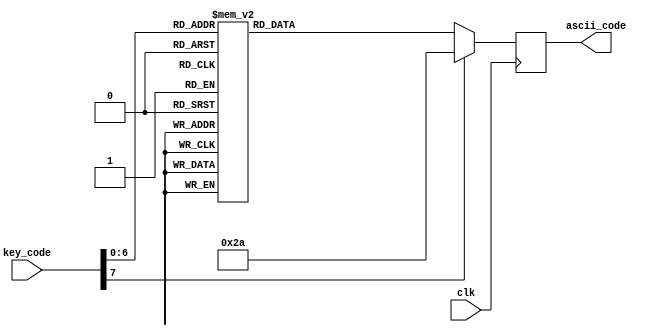
//Listing 9.4
module key2ascii
   (
    input wire [7:0] key_code,
    output reg [7:0] ascii_code,
	 input clk
   );

always @(posedge clk)
   case(key_code)
       8'h45: ascii_code <= 8'h30;   // 0
       8'h16: ascii_code <= 8'h31;   // 1
       8'h1e: ascii_code <= 8'h32;   // 2
       8'h26: ascii_code <= 8'h33;   // 3
       8'h25: ascii_code <= 8'h34;   // 4
       8'h2e: ascii_code <= 8'h35;   // 5
       8'h36: ascii_code <= 8'h36;   // 6
       8'h3d: ascii_code <= 8'h37;   // 7
       8'h3e: ascii_code <= 8'h38;   // 8
       8'h46: ascii_code <= 8'h39;   // 9

       8'h1c: ascii_code <= 8'h41;   // A
       8'h32: ascii_code <= 8'h42;   // B
       8'h21: ascii_code <= 8'h43;   // C
       8'h23: ascii_code <= 8'h44;   // D
       8'h24: ascii_code <= 8'h45;   // E
       8'h2b: ascii_code <= 8'h46;   // F
       8'h34: ascii_code <= 8'h47;   // G
       8'h33: ascii_code <= 8'h48;   // H
       8'h43: ascii_code <= 8'h49;   // I
       8'h3b: ascii_code <= 8'h4a;   // J
       8'h42: ascii_code <= 8'h4b;   // K
       8'h4b: ascii_code <= 8'h4c;   // L
       8'h3a: ascii_code <= 8'h4d;   // M
       8'h31: ascii_code <= 8'h4e;   // N
       8'h44: ascii_code <= 8'h4f;   // O
       8'h4d: ascii_code <= 8'h50;   // P
       8'h15: ascii_code <= 8'h51;   // Q
       8'h2d: ascii_code <= 8'h52;   // R
       8'h1b: ascii_code <= 8'h53;   // S
       8'h2c: ascii_code <= 8'h54;   // T
       8'h3c: ascii_code <= 8'h55;   // U
       8'h2a: ascii_code <= 8'h56;   // V
       8'h1d: ascii_code <= 8'h57;   // W
       8'h22: ascii_code <= 8'h58;   // X
       8'h35: ascii_code <= 8'h59;   // Y
       8'h1a: ascii_code <= 8'h5a;   // Z

       8'h0e: ascii_code <= 8'h60;   // `
       8'h4e: ascii_code <= 8'h2d;   // -
       8'h55: ascii_code <= 8'h3d;   // <=
       8'h54: ascii_code <= 8'h5b;   // [
       8'h5b: ascii_code <= 8'h5d;   // ]
       8'h5d: ascii_code <= 8'h5c;   // \
       8'h4c: ascii_code <= 8'h3b;   // ;
       8'h52: ascii_code <= 8'h27;   // '
       8'h41: ascii_code <= 8'h2c;   // ,
       8'h49: ascii_code <= 8'h2e;   // .
       8'h4a: ascii_code <= 8'h2f;   // /

       8'h29: ascii_code <= 8'h20;   // (space)
       8'h5a: ascii_code <= 8'h0d;   // (enter, cr)
       8'h66: ascii_code <= 8'h08;   // (backspace)
       default: ascii_code <= 8'h2a; // *
    endcase

endmodule